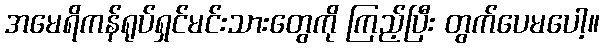
အမေရိကန်ရုပ်ရှင်မင်းသားတွေကို ကြည့်ပြီး တွက်ပေမပေါ့။